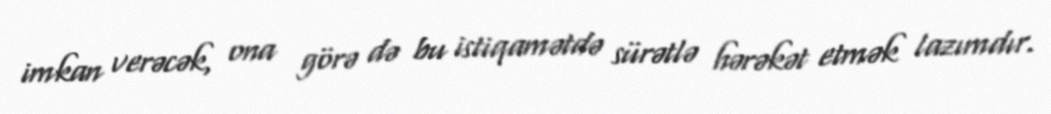
imkan verəcək, ona görə də bu istiqamətdə sürətlə hərəkət etmək lazımdır.